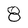
Character: 8